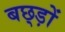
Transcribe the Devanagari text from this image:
बछ्ड़ों